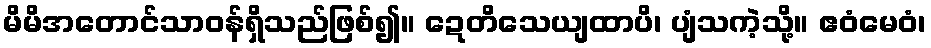
မိမိအတောင်သာဝန်ရှိသည်ဖြစ်၍။ ဍေတိသေယျထာပိ၊ ပျံသကဲ့သို့။ ဧဝံမေဝံ၊